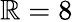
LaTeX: \mathbb{R}=8